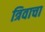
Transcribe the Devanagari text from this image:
त्रिवाचा